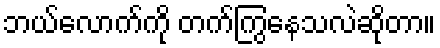
ဘယ်လောက်ကို တက်ကြွနေသလဲဆိုတာ။